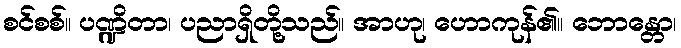
စင်စစ်။ ပဏ္ဍိတာ၊ ပညာရှိတို့သည်။ အာဟု၊ ဟောကုန်၏။ ဘောန္တော၊